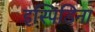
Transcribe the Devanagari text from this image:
इस्पिडिना